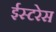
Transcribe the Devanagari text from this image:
ईस्टरेस